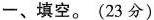
-、填空。(23分)